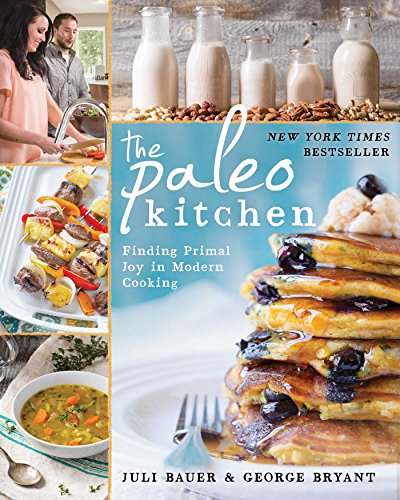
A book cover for The Paleo Kitchen: Finding Primal Joy in Modern Cooking; Juli Bauer; Cookbooks, Food & Wine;